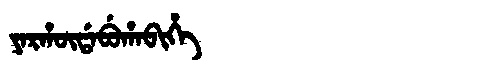
Manchu: ᠶᠠᡵᡥᡡᡩᠠᠪᡠᡥᠠᠪᡳᡥᡝ
Romanization: YARHŪDABUHABIHE